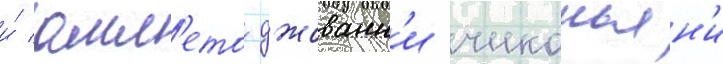
и́ амл'ето джованн'и чиконьян'и